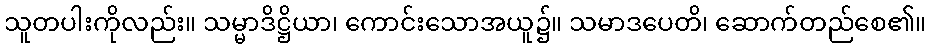
သူတပါးကိုလည်း။ သမ္မာဒိဋ္ဌိယာ၊ ကောင်းသောအယူ၌။ သမာဒပေတိ၊ ဆောက်တည်စေ၏။